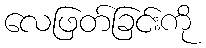
လေဖြတ်ခြင်းကို